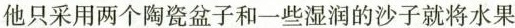
他只采用两个陶瓷盆子和一些湿润的沙子就将水果